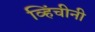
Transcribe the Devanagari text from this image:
व्हिंचीनी